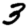
Digit: 3